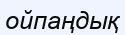
ойпаңдық